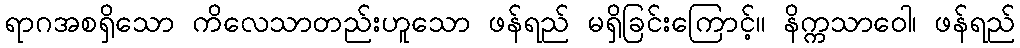
ရာဂအစရှိသော ကိလေသာတည်းဟူသော ဖန်ရည် မရှိခြင်းကြောင့်။ နိက္ကသာဝေါ၊ ဖန်ရည်